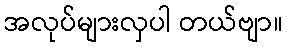
အလုပ်များလှပါ တယ်ဗျာ။